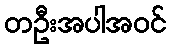
တဦးအပါအဝင်